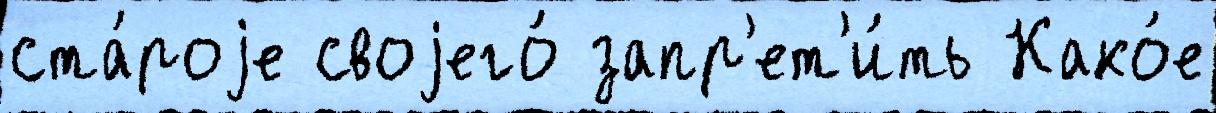
ста́роjе своjего́ запр'ет'и́ть Како́е